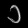
Digit: ၁